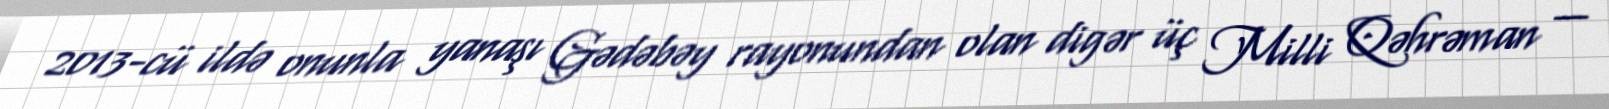
2013-cü ildə onunla yanaşı Gədəbəy rayonundan olan digər üç Milli Qəhrəman —